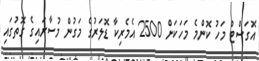
އޮގަސްޓް މަހު ކޮންމެ މަހަކަށް 2500 އެމެރިކާ ޑޮލަރުގެ މަގުން މުސާރައިގެ ގޮތުގައި